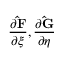
\frac { \partial \mathbf { \hat { F } } } { \partial \xi } , \frac { \partial \mathbf { \hat { G } } } { \partial \eta }